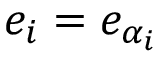
e _ { i } = e _ { \alpha _ { i } }